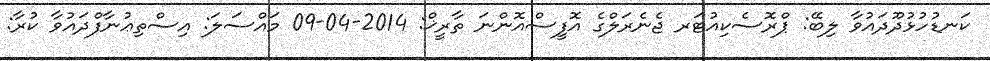
ކަނޑުހުޅުދޫދައުވާ ލިބޭ: ޕްރޮސެކިއުޓަރ ޖެނެރަލްގެ އޮފީސްއޮންނަ ތާރީޚް: 2014-04-09 މައްސަލަ: އިސްތިޢުނާފްދައުވާ ކުރާ: